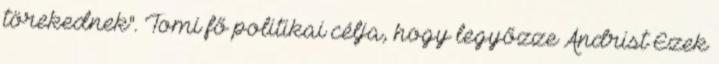
törekednek". Tomi fő politikai célja, hogy legyőzze Andrist Ezek